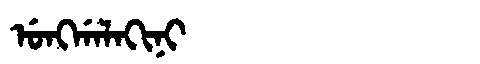
Manchu: ᡠᠩᡤᠠᠯᠠᡴᡳᠨᡳ
Romanization: UNGGALAKINI